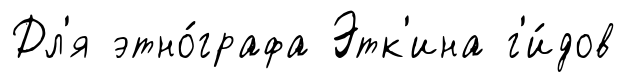
Дл'я этно́графа Этк'ина г'и́дов